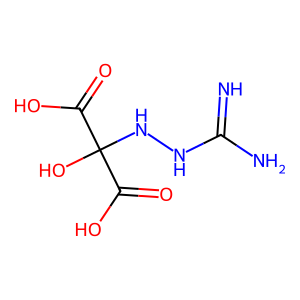
SMILES: N=C(N)NNC(O)(C(=O)O)C(=O)O
Inhibits HIV replication: No